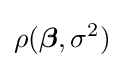
\rho ({\boldsymbol {\beta }},\sigma ^{2})